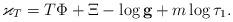
LaTeX: \begin{align*} \varkappa_T = T\Phi + \Xi - \log \mathbf{g} + m \log \tau_1.\end{align*}